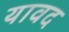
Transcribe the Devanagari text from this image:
यावद